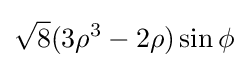
{\sqrt {8}}(3\rho ^{3}-2\rho )\sin \phi